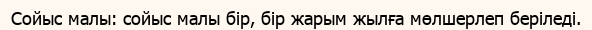
Сойыс малы: сойыс малы бір, бір жарым жылға мөлшерлеп беріледі.